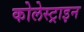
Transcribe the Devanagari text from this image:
कोलेस्ट्राइन